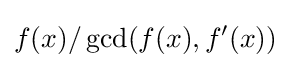
f(x)/\gcd(f(x),f'(x))